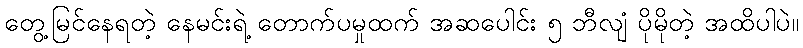
တွေ့မြင်နေရတဲ့ နေမင်းရဲ့ တောက်ပမှုထက် အဆပေါင်း ၅ ဘီလျံ ပိုမိုတဲ့ အထိပါပဲ။